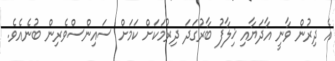
އެ ދިރުން ވާނީ އާދަޔާއި ޚިލާފު ބާރުގަދަ ދިރުމަކަށް ކަމަށް ސައިންސްވެރިން ބުނެއެވެ.